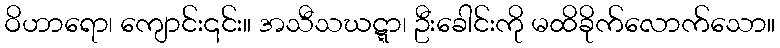
ဝိဟာရော၊ ကျောင်း၎င်း။ အသီသဃဋ္ဋာ၊ ဦးခေါင်းကို မထိခိုက်လောက်သော။